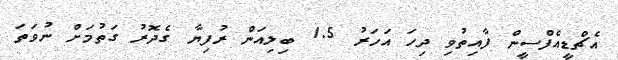
އެޗްޑީއެފްސީން ފާއިތުވި ދިހަ އަހަރު 1.5 ބިލިއަން ރުފިޔާ ގެދޮރު ގަތުމަށް ނުވަތަ